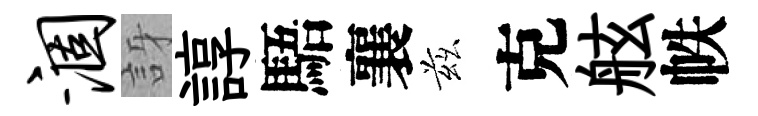
涸訝諄䮏襄兹克舷帙